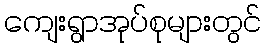
ကျေးရွာအုပ်စုများတွင်